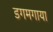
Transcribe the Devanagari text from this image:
डगमगाया